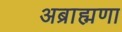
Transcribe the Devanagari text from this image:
अब्राह्मणा